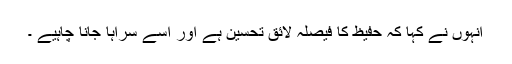
انہوں نے کہا کہ حفیظ کا فیصلہ لائق تحسین ہے اور اسے سراہا جانا چاہیے ۔